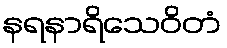
နရနာရိသေဝိတံ